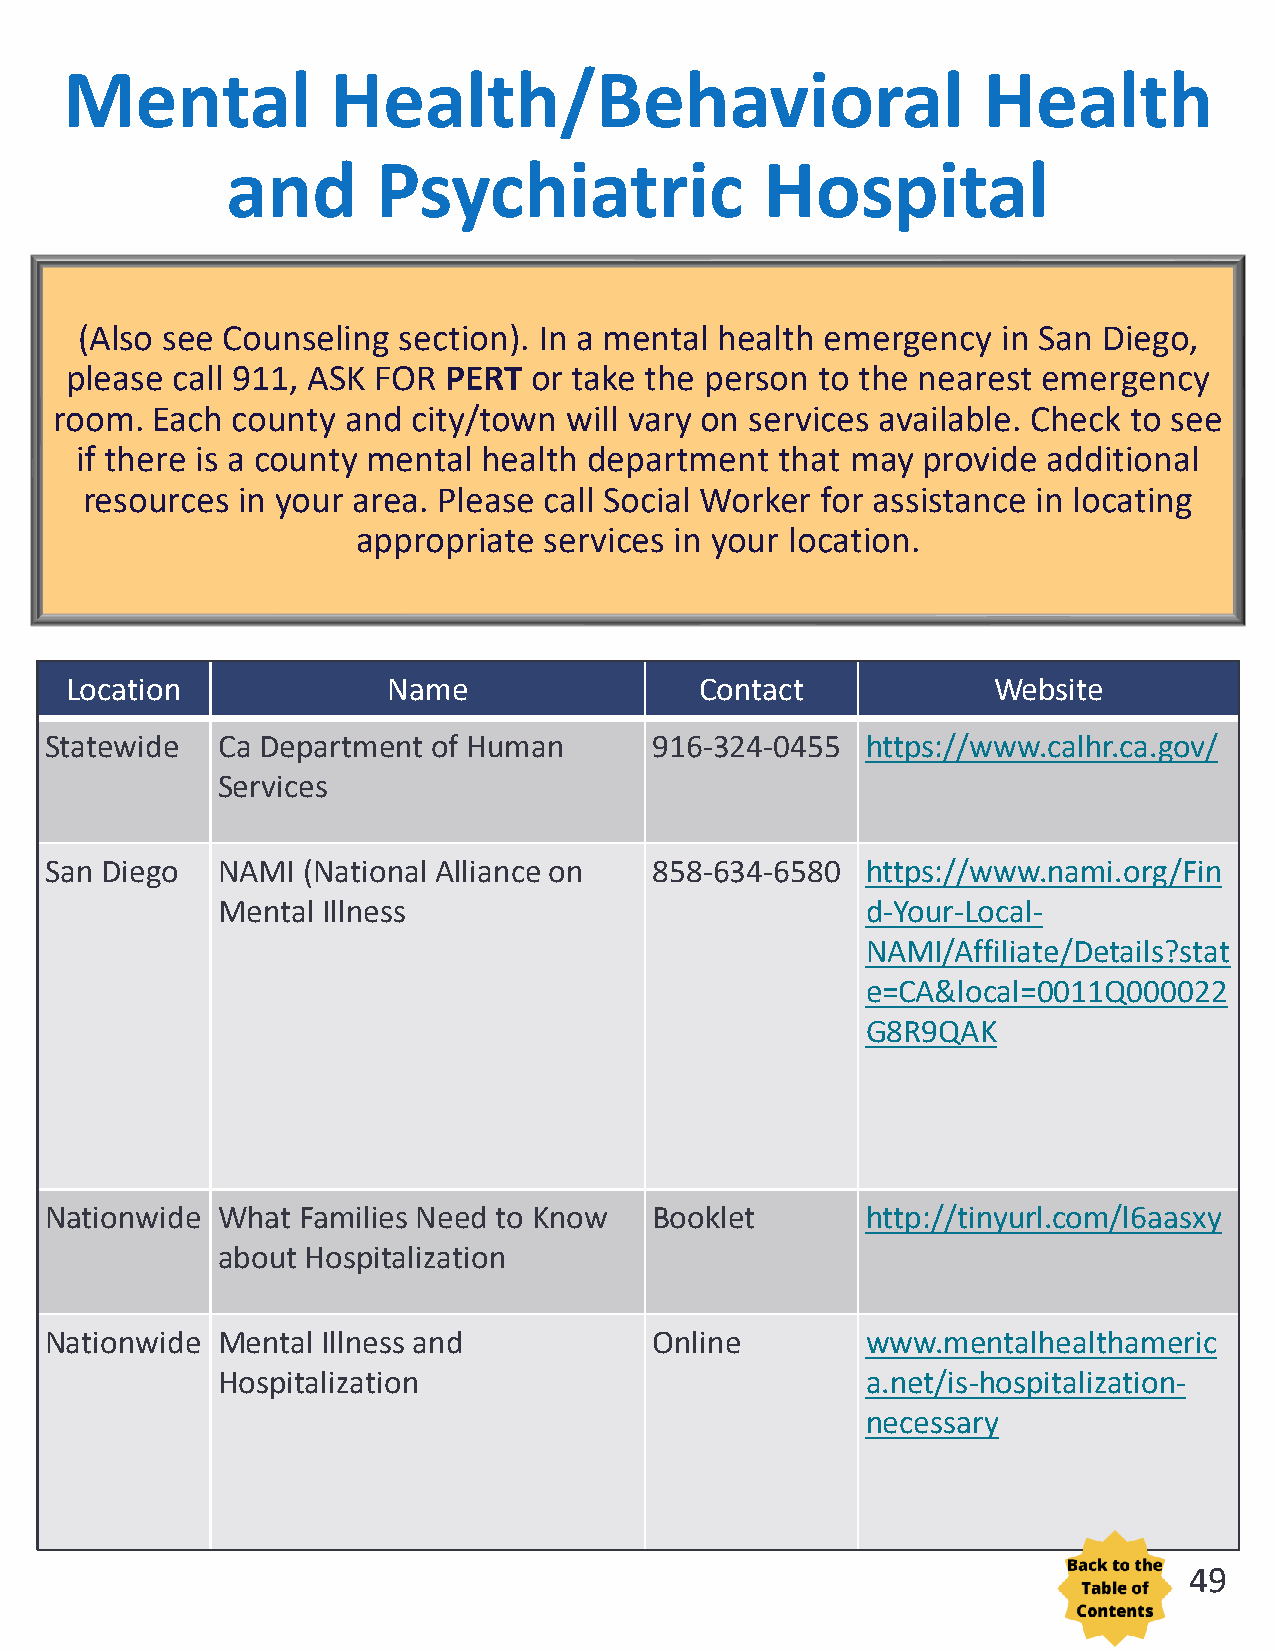
Mental            Health/Behavioral                          Health
 and       Psychiatric               Hospital
 (Also see Counseling section). In a mental health emergency  in San Diego,
 please call 911, ASK FOR PERT  or take the person to the nearest emergency
 room.  Each county  and city/town  will vary on services available. Check to see
 if there is a county mental health department  that may provide additional
 resources  in your area. Please call Social Worker for assistance in locating
 appropriate services in your location.
 Location              Name                Contact             Website
 Statewide  Ca Department  of Human      916-324-0455  https://www.calhr.ca.gov/
 Services
 San Diego  NAMI  (National Alliance on  858-634-6580  https://www.nami.org/Fin
 Mental Illness                             d-Your-Local-
 NAMI/Affiliate/Details?stat
 e=CA&local=0011Q000022
 G8R9QAK
 Nationwide What  Families Need to Know  Booklet       http://tinyurl.com/l6aasxy
 about Hospitalization
 Nationwide Mental Illness and           Online        www.mentalhealthameric
 Hospitalization                            a.net/is-hospitalization-
 necessary
 49